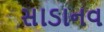
સાડાનવ